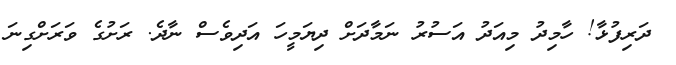
ދަރިފުޅާ! ހާމިދު މިއަދު އަސުރު ނަމާދަށް ދިޔަމީހަ އަދިވެސް ނާދެ. ރަށުގެ ވަރަށްގިނަ